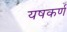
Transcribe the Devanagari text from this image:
यषकर्ण